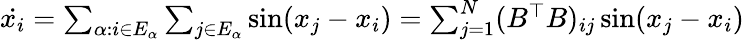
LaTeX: \begin{array}{r}{\dot{x_{i}}=\sum_{\alpha:i\in E_{\alpha}}\sum_{j\in E_{\alpha}}\sin(x_{j}-x_{i})=\sum_{j=1}^{N}(B^{\top}B)_{ij}\sin(x_{j}-x_{i})}\end{array}